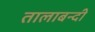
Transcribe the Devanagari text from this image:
तालाबन्दी